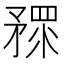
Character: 𥎅